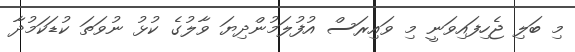
މި ބަލި ޖެހިފައިވަނީ މި ވައިރަސް އުފުލަމުންދިޔަ ވާލުގެ ކުޅު ނުވަތަ ކުޑަކަމުދާ